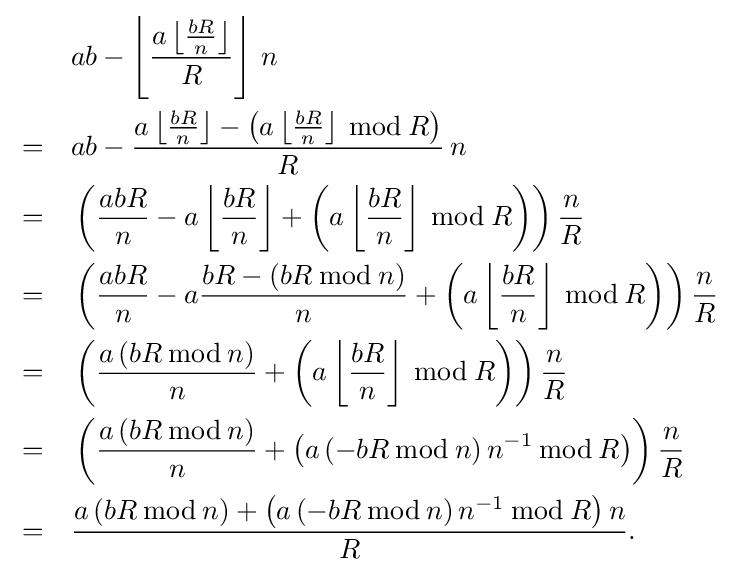
{\begin{aligned}&&&ab-\left\lfloor {\frac {a\left\lfloor {\frac {bR}{n}}\right\rfloor }{R}}\right\rfloor \,n\\&=&&ab-{\frac {a\left\lfloor {\frac {bR}{n}}\right\rfloor -\left(a\left\lfloor {\frac {bR}{n}}\right\rfloor \,{\bmod {\,}}R\right)}{R}}\,n\\&=&&\left({\frac {abR}{n}}-a\left\lfloor {\frac {bR}{n}}\right\rfloor +\left(a\left\lfloor {\frac {bR}{n}}\right\rfloor \,{\bmod {\,}}R\right)\right){\frac {n}{R}}\\&=&&\left({\frac {abR}{n}}-a{\frac {bR-\left(bR\,{\bmod {\,}}n\right)}{n}}+\left(a\left\lfloor {\frac {bR}{n}}\right\rfloor \,{\bmod {\,}}R\right)\right){\frac {n}{R}}\\&=&&\left({\frac {a\left(bR\,{\bmod {\,}}n\right)}{n}}+\left(a\left\lfloor {\frac {bR}{n}}\right\rfloor \,{\bmod {\,}}R\right)\right){\frac {n}{R}}\\&=&&\left({\frac {a\left(bR\,{\bmod {\,}}n\right)}{n}}+\left(a\left(-bR\,{\bmod {\,}}n\right)n^{-1}\,{\bmod {\,}}R\right)\right){\frac {n}{R}}\\&=&&{\frac {a\left(bR\,{\bmod {\,}}n\right)+\left(a\left(-bR\,{\bmod {\,}}n\right)n^{-1}\,{\bmod {\,}}R\right)n}{R}}.\end{aligned}}